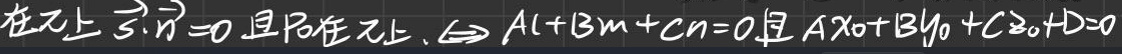
在\(\pi\)上\(\vec{n}=0\)且\(P_0\)在\(\pi\)上，\(\Rightarrow A l + B m + C n = 0\)且\(A x_0 + B y_0 + C z_0 + D = 0\)